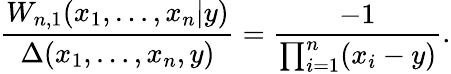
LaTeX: \frac{W_{n,1}(x_{1},\ldots,x_{n}|y)}{\Delta(x_{1},\ldots,x_{n},y)}=\frac{-1}{\prod_{i=1}^{n}(x_{i}-y)}.